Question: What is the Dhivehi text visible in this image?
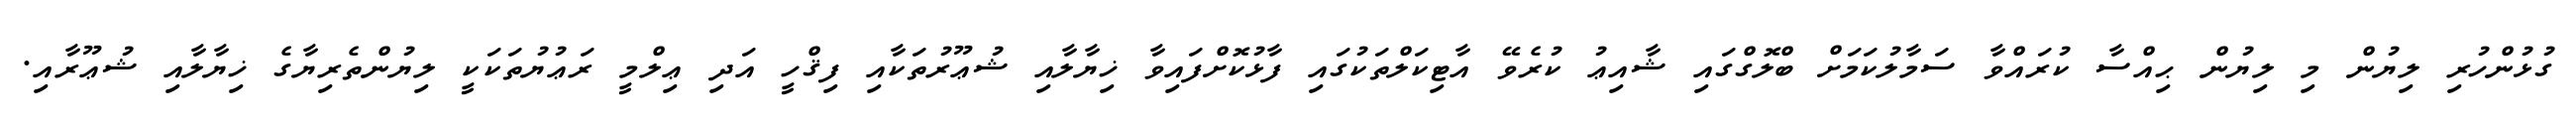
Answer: ގުޅުންހުރި ލިޔުން މި ލިޔުން ޙިއްސާ ކުރައްވާ ސަމާލުކަމަށް ބްލޮގްގައި ޝާއިޢު ކުރެވޭ އާޓިކަލްތަކުގައި ފާޅުކޮށްފައިވާ ޚިޔާލާއި ޝުޢޫރުތަކާއި ފިޤްހީ އަދި ޢިލްމީ ރަޢުޔުތަކަކީ ލިޔުންތެރިޔާގެ ޚިޔާލާއި ޝުޢޫރާއި.